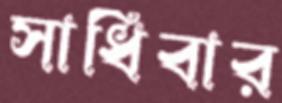
সাধিবার